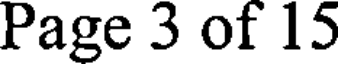
Page 3 of 15